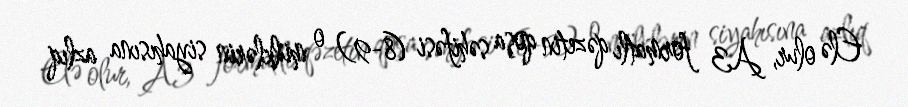
Elə olur, A3 formatlı qəzetin qoşa səhifəsi (8-9) o mülklərin siyahısına azlıq